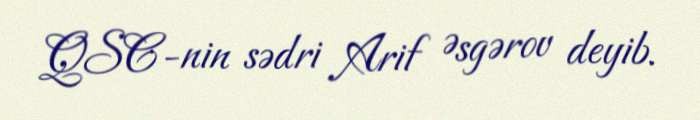
QSC-nin sədri Arif Əsgərov deyib.